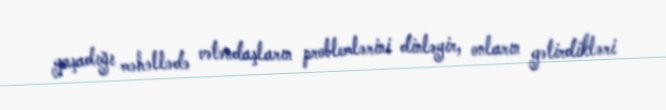
yaşadığı məhəllədə vətəndaşların problemlərini dinləyir, onların gətirdikləri